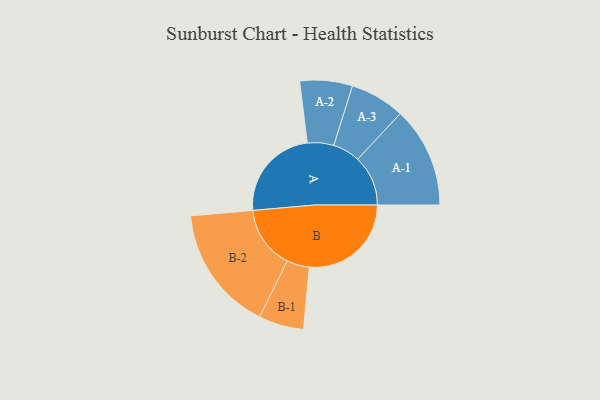
{"axis": {"x": "Segment", "y": "Value"}, "legend": ["", "A", "B"], "data": [{"x": "A", "y": 430, "type": ""}, {"x": "B", "y": 466, "type": ""}, {"x": "A-1", "y": 230, "type": "A"}, {"x": "A-2", "y": 120, "type": "A"}, {"x": "A-3", "y": 125, "type": "A"}, {"x": "B-1", "y": 103, "type": "B"}, {"x": "B-2", "y": 287, "type": "B"}]}